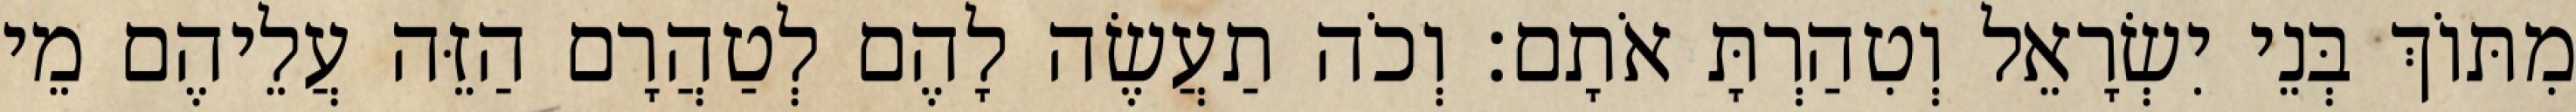
מִתּוֹךְ בְּנֵי יִשְׂרָאֵל וְטִהַרְתָּ אֹתָם׃ וְכֹה תַעֲשֶׂה לָהֶם לְטַהֲרָם הַזֵּה עֲלֵיהֶם מֵי